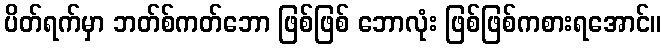
ပိတ်ရက်မှာ ဘတ်စ်ကတ်ဘော ဖြစ်ဖြစ် ဘောလုံး ဖြစ်ဖြစ်ကစားရအောင်။